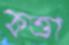
কত্তা